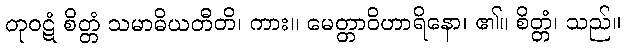
တုဝဋံ စိတ္တံ သမာဓိယတီတိ၊ ကား။ မေတ္တာဝိဟာရိနော၊ ၏။ စိတ္တံ၊ သည်။